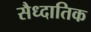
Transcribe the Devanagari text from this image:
सैध्दातिक